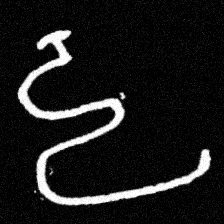
Pyu character \u2014 Myanmar letter: ဠ (romanized: lla)